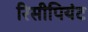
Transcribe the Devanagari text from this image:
रिसीपियंट